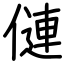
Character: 僆